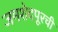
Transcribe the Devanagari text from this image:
जमशेदपूरची